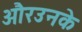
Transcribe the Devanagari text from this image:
औरउनके